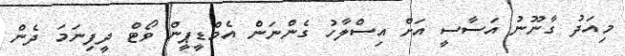
މިއަދު ގާނޫނު އަސާސީ އަށް އިސްލާހު ގެންނަން އެމްޑީޕީން ވޯޓް ދީފިނަމަ ދެން